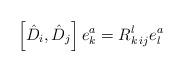
LaTeX: \begin{align*} \left[ \hat{D}_i, \hat{D}_j \right] e^a_k = R^l_{k \,ij}e^a_l\end{align*}